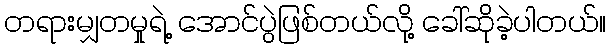
တရားမျှတမှုရဲ့ အောင်ပွဲဖြစ်တယ်လို့ ခေါ်ဆိုခဲ့ပါတယ်။